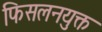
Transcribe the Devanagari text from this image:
फिसलनयुक्त